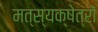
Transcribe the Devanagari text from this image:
मत्स्यक्षेत्रों